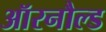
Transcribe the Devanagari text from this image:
ऑरनौल्ड